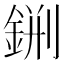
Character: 𨧂